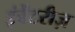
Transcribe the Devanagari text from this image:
इंवेंटरीज़